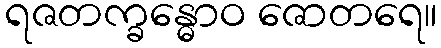
ရဇတက္ခန္ဓောဝ ဇောတရေ။